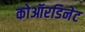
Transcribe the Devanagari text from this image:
कोऑरडिनेट